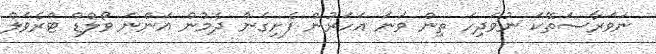
ނަވަރާސަތޭކަ ނުވަދިހަ ތިން ވަނަ އަހަރުން ފެށިގެން ދެމުން އަންނަ ވޯލްޑް ޓްރެވަލް